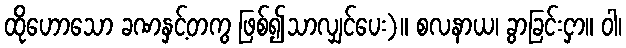
ထိုဟောသော ခဏနှင့်တကွ ဖြစ်၍သာလျှင်ပေး)။ စလနာယ၊ ခွာခြင်းငှာ။ ဝါ၊